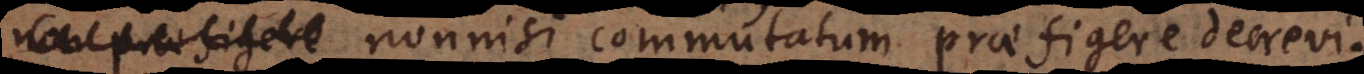
non praefigere nonnisi commutatum praefigere decrevi: